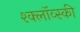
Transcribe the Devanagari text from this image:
श्क्लॉव्स्की